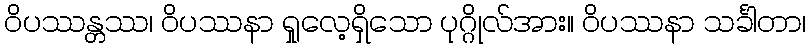
ဝိပဿန္တဿ၊ ဝိပဿနာ ရှုလေ့ရှိသော ပုဂ္ဂိုလ်အား။ ဝိပဿနာ သင်္ခါတာ၊